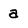
Character: a